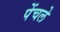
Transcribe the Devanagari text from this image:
पेंचले